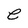
Character: e